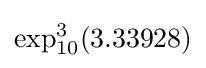
\exp _{10}^{3}(3.33928)